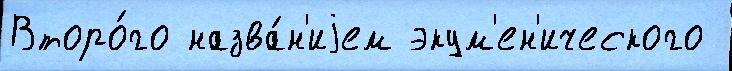
Второ́го назва́н'иjем экум'ен'ического